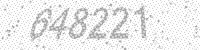
Solution: 648221